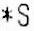
*S